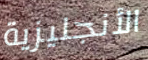
الأنجليزية